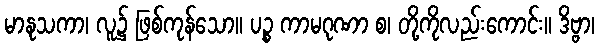
မာနုသကာ၊ လူ၌ ဖြစ်ကုန်သော။ ပဉ္စ ကာမဂုဏာ စ၊ တို့ကိုလည်းကောင်း။ ဒိဗ္ဗာ၊